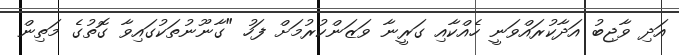
އަދި ވާޖިބު އަދާކުރައްވަނީ ހެއްކާއި ގަރީނާ ވަޒަންކުރުމަށް ފަހު "ގާނޫނުތަކުގައިވާ ގޮތުގެ މަތިން